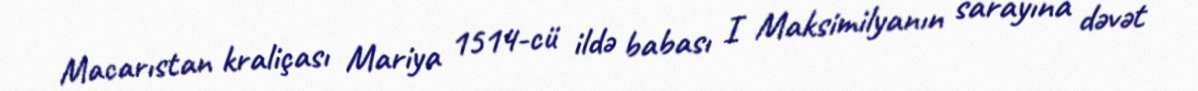
Macarıstan kraliçası Mariya 1514-cü ildə babası I Maksimilyanın sarayına dəvət